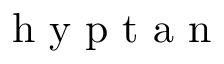
\mathrm { ~ h ~ y ~ p ~ t ~ a ~ n ~ }